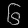
Digit: ၆